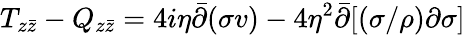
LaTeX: T_{z\bar{z}}-Q_{z\bar{z}}=4i\eta\bar{\partial}(\sigma v)-4\eta^{2}\bar{\partial}[(\sigma/\rho)\partial\sigma]